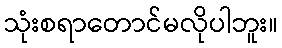
သုံးစရာတောင်မလိုပါဘူး။